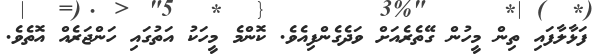
ފަޅާލާފައި ތިން މީހުން ގޭތެރެއަށް ވަދެގެންފިއެވެ. ކޮންމެ މީހަކު އަތުގައި ހަންޖަރެއް އޮތެވެ.